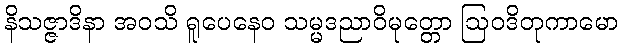
နိသဇ္ဇာဒိနာ အဝသိ ရူပေနေဝ သမ္မဒညာဝိမုတ္တော ဩဝဒိတုကာမော